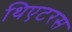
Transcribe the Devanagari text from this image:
थिएटरस